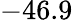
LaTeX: -46.9